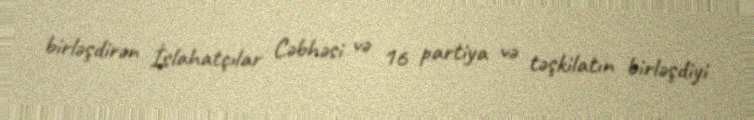
birləşdirən İslahatçılar Cəbhəsi və 16 partiya və təşkilatın birləşdiyi